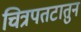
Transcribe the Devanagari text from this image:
चित्रपतटातुन